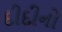
દીદીનો